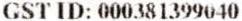
GST ID: 000381399040